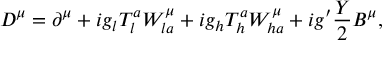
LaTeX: D ^ { \mu } = \partial ^ { \mu } + i g _ { l } T _ { l } ^ { a } W _ { l a } ^ { \mu } + i g _ { h } T _ { h } ^ { a } W _ { h a } ^ { \mu } + i g ^ { \prime } \frac { Y } { 2 } B ^ { \mu } ,